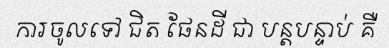
ការចូលទៅ ជិត ផែនដី ជា បន្តបន្ទាប់ គឺ